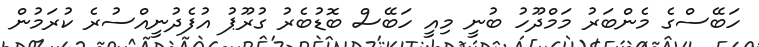
ހަބޭސްގެ މެންބަރު މަމްދޫހު ބުނީ މިއީ ހަބޭސް ބޮޑުބެރު ގުރޫޕު އުފެދުނީއްސުރެ ކުރަމުން